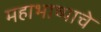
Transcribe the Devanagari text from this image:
महाभाष्याचे